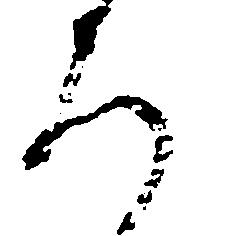
ろ